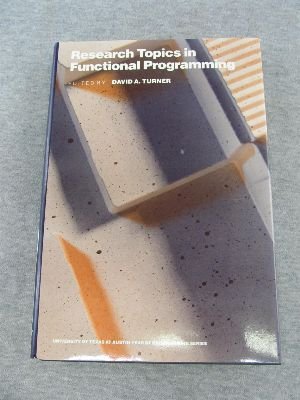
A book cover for Research Topics in Functional Programming (The UT year of programming series); David A. Turner; Computers & Technology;